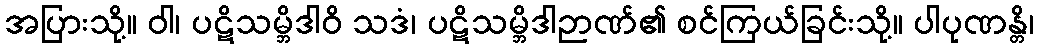
အပြားသို့။ ဝါ၊ ပဋိသမ္ဘိဒါဝိ သဒံ၊ ပဋိသမ္ဘိဒါဉာဏ်၏ စင်ကြယ်ခြင်းသို့။ ပါပုဏန္တိ၊